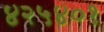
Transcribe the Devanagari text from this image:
४२५४०१